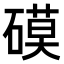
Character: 𥕓